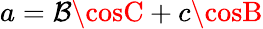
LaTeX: a=\mathcal{B}\cosC+c\cosB